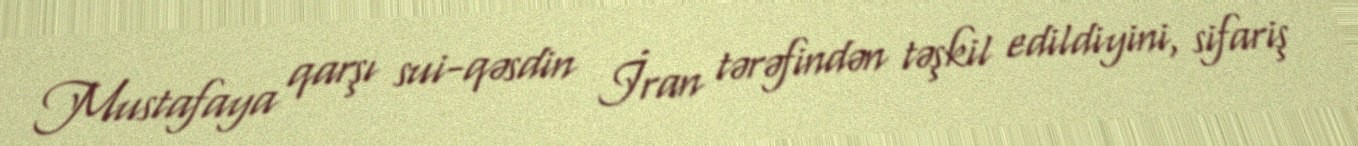
Mustafaya qarşı sui-qəsdin İran tərəfindən təşkil edildiyini, sifariş